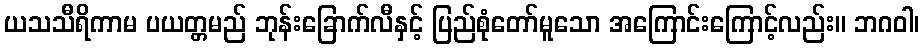
ယသသီရိကာမ ပယတ္တမည် ဘုန်းခြောက်လီနှင့် ပြည်စုံတော်မူသော အကြောင်းကြောင့်လည်း။ ဘဂဝါ၊